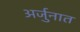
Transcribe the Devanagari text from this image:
अर्जुनात